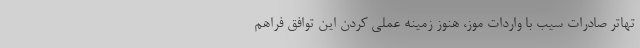
تهاتر صادرات سیب با واردات موز، هنوز زمینه عملی کردن این توافق فراهم